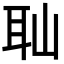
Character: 𦔺